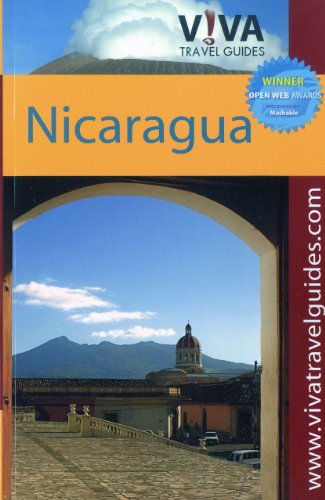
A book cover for VIVA Travel Guides Nicaragua; Paula Newton; Travel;